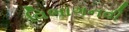
વિભાગનવી